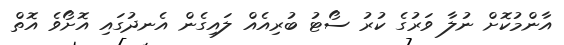
އާންމުކޮށް ނުލާ ވަރުގެ ކުރު ސޯޓު ބުރިއެއް ލައިގެން އެނދުގައި އޮށޯވެ އޮތް